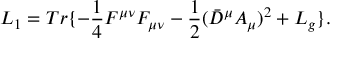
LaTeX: L _ { 1 } = T r \{ - \frac { 1 } { 4 } F ^ { \mu \nu } F _ { \mu \nu } - \frac { 1 } { 2 } ( \bar { D } ^ { \mu } A _ { \mu } ) ^ { 2 } + L _ { g } \} .